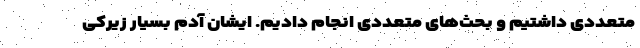
متعددی داشتیم و بحث‌های متعددی انجام دادیم. ایشان آدم بسیار زیرکی